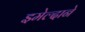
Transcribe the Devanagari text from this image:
इमेल्दाने